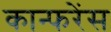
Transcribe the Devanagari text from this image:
कान्फरेंस